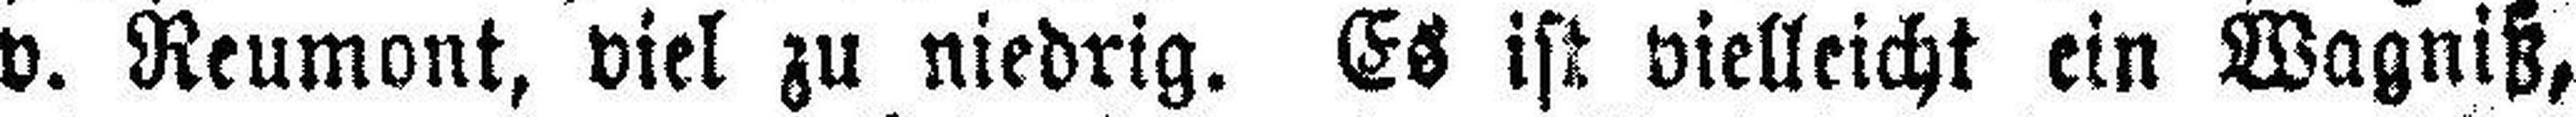
v. Reumont, viel zu niedrig. Es ist vielleicht ein Wagniß,